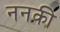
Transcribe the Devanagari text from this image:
ननकी